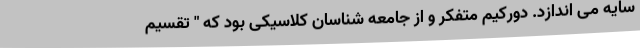
سایه می اندازد. دورکیم متفکر و از جامعه شناسان کلاسیکی بود که " تقسیم